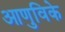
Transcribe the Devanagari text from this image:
आणुविके